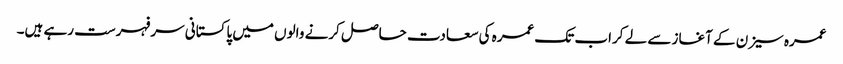
عمرہ سیزن کے آغاز سے لے کراب تک عمرہ کی سعادت حاصل کرنے والوں میں پاکستانی سرفہرست رہے ہیں۔